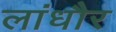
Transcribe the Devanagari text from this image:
लांधौर